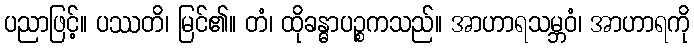
ပညာဖြင့်။ ပဿတိ၊ မြင်၏။ တံ၊ ထိုခန္ဓာပဉ္စကသည်။ အာဟာရသမ္ဘဝံ၊ အာဟာရကို